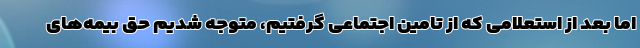
اما بعد از استعلامی که از تامین اجتماعی گرفتیم، متوجه شدیم حق بیمه‌های